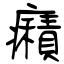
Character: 癪